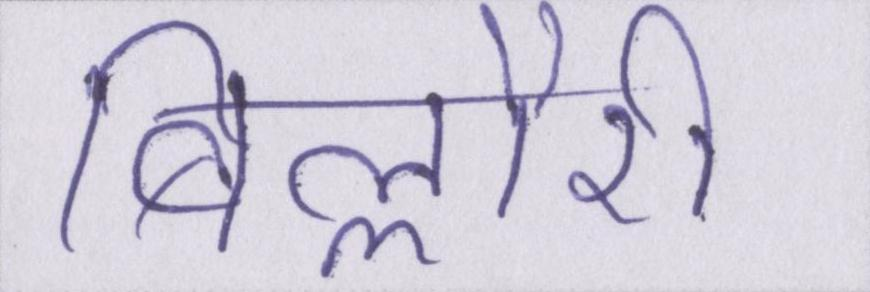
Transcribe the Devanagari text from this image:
बिल्लौरी